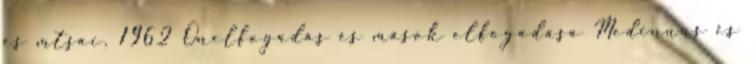
és mtsai, 1962 Önelfogadás és mások elfogadása Medinuus és